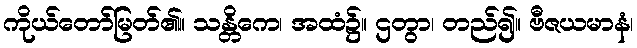
ကိုယ်တော်မြတ်၏။ သန္တိကေ၊ အထံ၌။ ဌတွာ၊ တည်၍။ ဗီဇယမာနံ၊